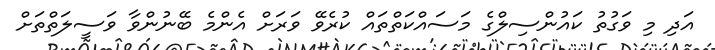
އަދި މި ވަގުތު ކައުންސިލްގެ މަސައްކަތްތައް ކުރެވޭ ވަރަށް އެންމެ ބޭނުންވާ ވަސީލަތްތަށް